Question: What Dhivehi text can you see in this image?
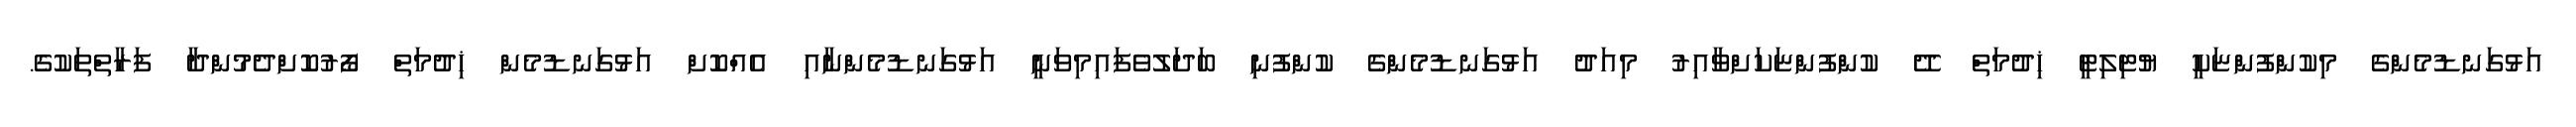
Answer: އަޅުގަނޑުމެންގެ މިކުންފުންޏަކީ ޔުޓިލިޓީ ޚިދުމަތް ދޭ ކުންފުންޏަކަށްވާއިރު މިއަދު އަޅުގަނޑުމެންގެ ކުންފުނި ބަދަލުވެފައިމިވަނީ އަޅުގަނޑުމެންނާއި އެއްކޮށް އަޅުގަނޑުމެން ޚިދުމަތް ފޯރުކޮށްދެމުންދާ ފަރާތްތަކުގެ.